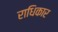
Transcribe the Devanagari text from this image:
राधिकार